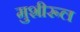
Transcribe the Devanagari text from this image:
मुशीरूल